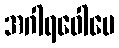
အဂါရဝေါပေ